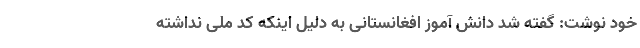
خود نوشت: گفته شد دانش آموز افغانستانی به دلیل اینکه کد ملی نداشته